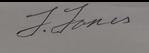
Signature authenticity: genuine